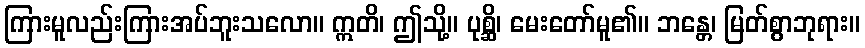
ကြားမူလည်းကြားအပ်ဘူးသလော။ ဣတိ၊ ဤသို့။ ပုစ္ဆိ၊ မေးတော်မူ၏။ ဘန္တေ၊ မြတ်စွာဘုရား။